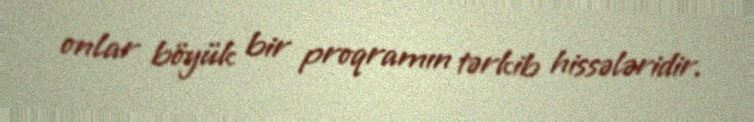
onlar böyük bir proqramın tərkib hissələridir.